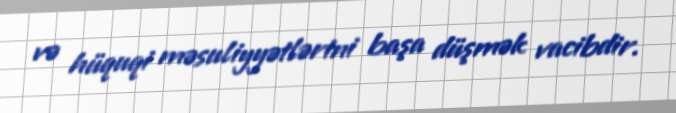
və hüquqi məsuliyyətlərini başa düşmək vacibdir.